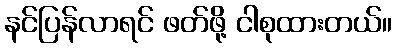
နင်ပြန်လာရင် ဖတ်ဖို့ ငါစုထားတယ်။